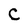
Character: C